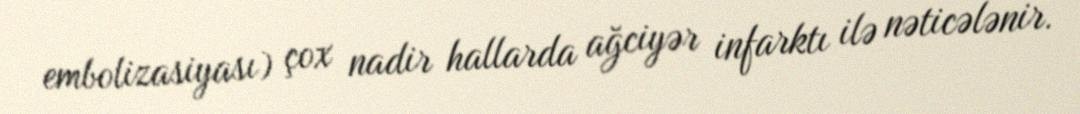
embolizasiyası) çox nadir hallarda ağciyər infarktı ilə nəticələnir.